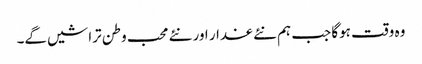
وہ وقت ہوگا جب ہم نئے غدار اور نئے محب وطن تراشیں گے۔